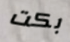
بكت